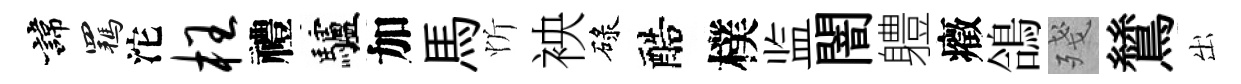
諱羈沱枉禮驢加馬忻䘧碌醅樸监闇軆癥鴿殘鷥出